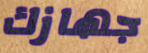
جهازك